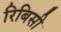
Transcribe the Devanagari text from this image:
रिबिसी